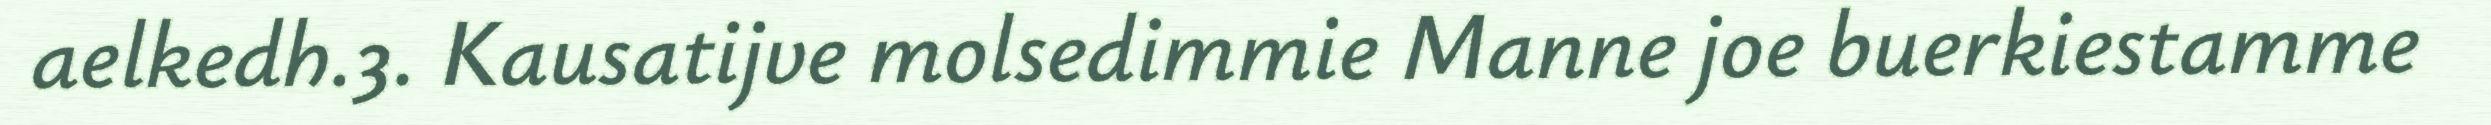
aelkedh.3. Kausatijve molsedimmie Manne joe buerkiestamme